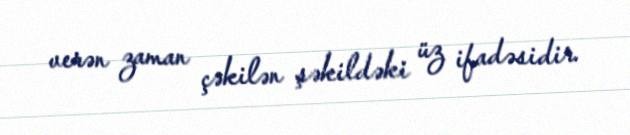
verən zaman çəkilən şəkildəki üz ifadəsidir.